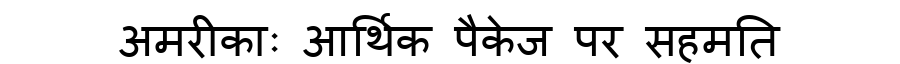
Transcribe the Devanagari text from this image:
अमरीकाः आर्थिक पैकेज पर सहमति